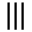
\bigstar | | | \bigstar \bigstar